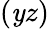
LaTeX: (\mathit{y}z)